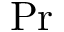
\mathrm { P r }